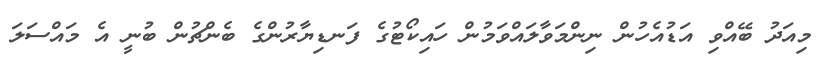
މިއަދު ބޭއްވި އަޑުއެހުން ނިންމަވާލައްވަމުން ހައިކޯޓުގެ ފަނޑިޔާރުންގެ ބެންޗުން ބުނީ އެ މައްސަލަ